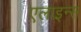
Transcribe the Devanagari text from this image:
एलाइन्स